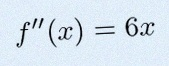
f''(x)=6x